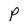
Character: P